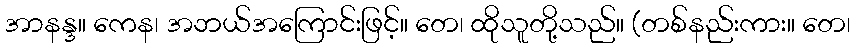
အာနန္ဒ။ ကေန၊ အဘယ်အကြောင်းဖြင့်။ တေ၊ ထိုသူတို့သည်။ (တစ်နည်းကား။ တေ၊